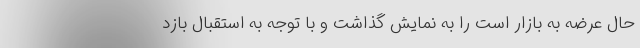
حال عرضه به بازار است را به نمایش گذاشت و با توجه به استقبال بازد